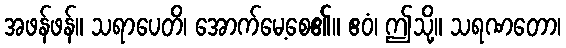
အဖန်ဖန်။ သရာပေတိ၊ အောက်မေ့စေ၏။ ဧဝံ၊ ဤသို့။ သရဏတော၊